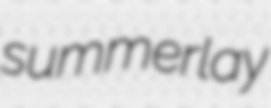
summerlay